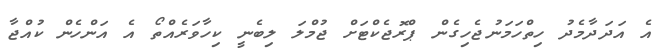
އެ އަދަދާމެދު ހިތްހަމަނުޖެހިގެން ޕްރޮޖެކްޓަށް ޖުމްލަ ލިބެނީ ކިހާވަރެއްތޯ އެ އަންހެން ކުއްޖާ